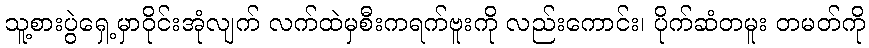
သူ့စားပွဲရှေ့မှာဝိုင်းအုံလျက် လက်ထဲမှစီးကရက်ဗူးကို လည်းကောင်း၊ ပိုက်ဆံတမူး တမတ်ကို